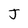
Character: J